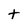
Character: t